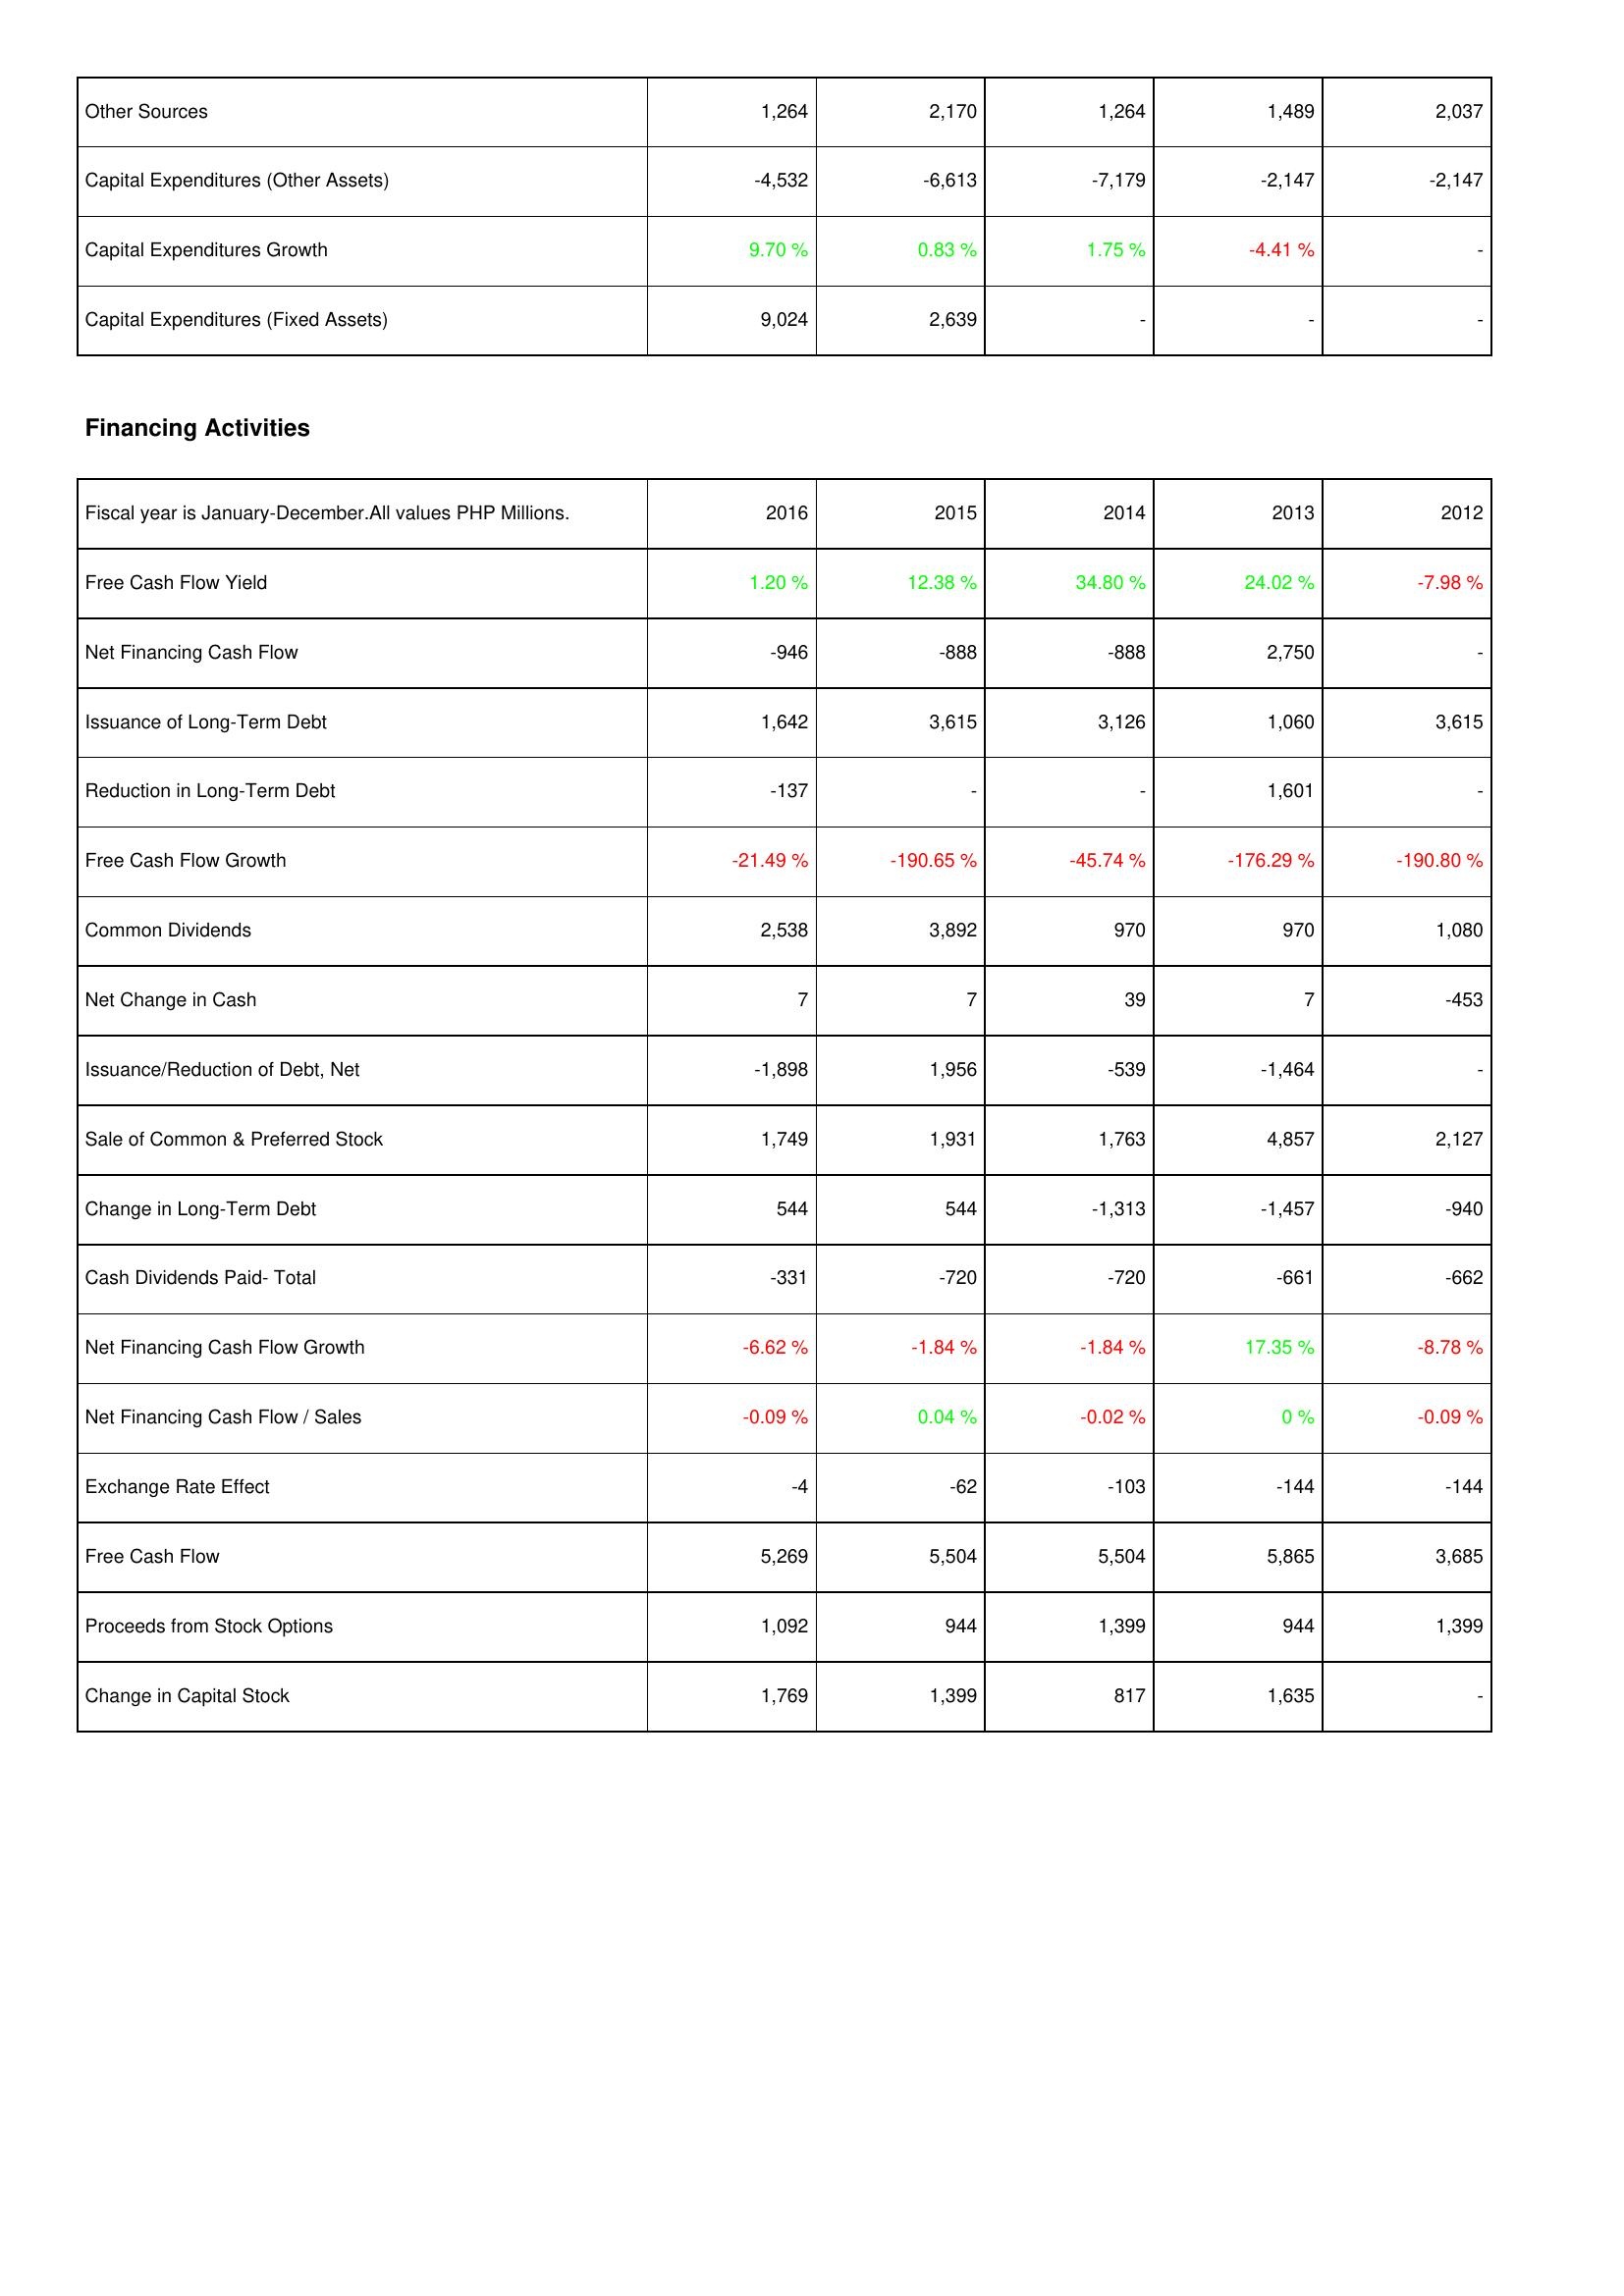
2016: Investing Activities: Other Sources: 1,264
Capital Expenditures (Other Assets): -4,532
Capital Expenditures Growth: 9.70 %
Capital Expenditures (Fixed Assets): 9,024
Financing Activities: Free Cash Flow Yield: 1.20 %
Net Financing Cash Flow: -946
Issuance of Long-Term Debt: 1,642
Reduction in Long-Term Debt: -137
Free Cash Flow Growth: -21.49 %
Common Dividends: 2,538
Net Change in Cash: 7
Issuance/Reduction of Debt, Net: -1,898
Sale of Common & Preferred Stock: 1,749
Change in Long-Term Debt: 544
Cash Dividends Paid- Total: -331
Net Financing Cash Flow Growth: -6.62 %
Net Financing Cash Flow / Sales: -0.09 %
Exchange Rate Effect: -4
Free Cash Flow: 5,269
Proceeds from Stock Options: 1,092
Change in Capital Stock: 1,769
2015: Investing Activities: Other Sources: 2,170
Capital Expenditures (Other Assets): -6,613
Capital Expenditures Growth: 0.83 %
Capital Expenditures (Fixed Assets): 2,639
Financing Activities: Free Cash Flow Yield: 12.38 %
Net Financing Cash Flow: -888
Issuance of Long-Term Debt: 3,615
Reduction in Long-Term Debt: -
Free Cash Flow Growth: -190.65 %
Common Dividends: 3,892
Net Change in Cash: 7
Issuance/Reduction of Debt, Net: 1,956
Sale of Common & Preferred Stock: 1,931
Change in Long-Term Debt: 544
Cash Dividends Paid- Total: -720
Net Financing Cash Flow Growth: -1.84 %
Net Financing Cash Flow / Sales: 0.04 %
Exchange Rate Effect: -62
Free Cash Flow: 5,504
Proceeds from Stock Options: 944
Change in Capital Stock: 1,399
2014: Investing Activities: Other Sources: 1,264
Capital Expenditures (Other Assets): -7,179
Capital Expenditures Growth: 1.75 %
Capital Expenditures (Fixed Assets): -
Financing Activities: Free Cash Flow Yield: 34.80 %
Net Financing Cash Flow: -888
Issuance of Long-Term Debt: 3,126
Reduction in Long-Term Debt: -
Free Cash Flow Growth: -45.74 %
Common Dividends: 970
Net Change in Cash: 39
Issuance/Reduction of Debt, Net: -539
Sale of Common & Preferred Stock: 1,763
Change in Long-Term Debt: -1,313
Cash Dividends Paid- Total: -720
Net Financing Cash Flow Growth: -1.84 %
Net Financing Cash Flow / Sales: -0.02 %
Exchange Rate Effect: -103
Free Cash Flow: 5,504
Proceeds from Stock Options: 1,399
Change in Capital Stock: 817
2013: Investing Activities: Other Sources: 1,489
Capital Expenditures (Other Assets): -2,147
Capital Expenditures Growth: -4.41 %
Capital Expenditures (Fixed Assets): -
Financing Activities: Free Cash Flow Yield: 24.02 %
Net Financing Cash Flow: 2,750
Issuance of Long-Term Debt: 1,060
Reduction in Long-Term Debt: 1,601
Free Cash Flow Growth: -176.29 %
Common Dividends: 970
Net Change in Cash: 7
Issuance/Reduction of Debt, Net: -1,464
Sale of Common & Preferred Stock: 4,857
Change in Long-Term Debt: -1,457
Cash Dividends Paid- Total: -661
Net Financing Cash Flow Growth: 17.35 %
Net Financing Cash Flow / Sales: 0 %
Exchange Rate Effect: -144
Free Cash Flow: 5,865
Proceeds from Stock Options: 944
Change in Capital Stock: 1,635
2012: Investing Activities: Other Sources: 2,037
Capital Expenditures (Other Assets): -2,147
Capital Expenditures Growth: -
Capital Expenditures (Fixed Assets): -
Financing Activities: Free Cash Flow Yield: -7.98 %
Net Financing Cash Flow: -
Issuance of Long-Term Debt: 3,615
Reduction in Long-Term Debt: -
Free Cash Flow Growth: -190.80 %
Common Dividends: 1,080
Net Change in Cash: -453
Issuance/Reduction of Debt, Net: -
Sale of Common & Preferred Stock: 2,127
Change in Long-Term Debt: -940
Cash Dividends Paid- Total: -662
Net Financing Cash Flow Growth: -8.78 %
Net Financing Cash Flow / Sales: -0.09 %
Exchange Rate Effect: -144
Free Cash Flow: 3,685
Proceeds from Stock Options: 1,399
Change in Capital Stock: -